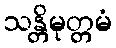
သန္တိမုတ္တမံ